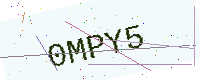
Text: 0MPY5